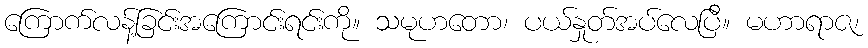
ကြောက်လန့်ခြင်းအကြောင်းရင်းကို။ သမုဟတော၊ ပယ်နှုတ်အပ်လေပြီ။ မဟာရာဇ၊